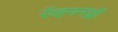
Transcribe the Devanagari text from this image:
रॅव्हननक्लॉ